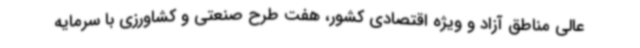
عالی مناطق آزاد و ویژه اقتصادی کشور، هفت طرح صنعتی و کشاورزی با سرمایه